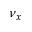
\nu _ { x }